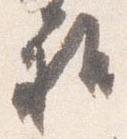
雅